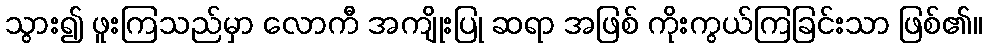
သွား၍ ဖူးကြသည်မှာ လောကီ အကျိုးပြု ဆရာ အဖြစ် ကိုးကွယ်ကြခြင်းသာ ဖြစ်၏။